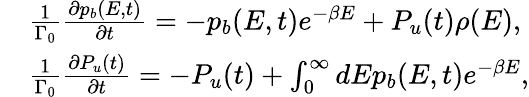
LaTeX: \begin{array}{rl}&{\frac{1}{\Gamma_{0}}\frac{\partial p_{b}(E,t)}{\partial t}=-p_{b}(E,t)e^{-\beta E}+P_{u}(t)\rho(E),}\\ &{\frac{1}{\Gamma_{0}}\frac{\partial P_{u}(t)}{\partial t}=-P_{u}(t)+\int_{0}^{\infty}dEp_{b}(E,t)e^{-\beta E},}\end{array}